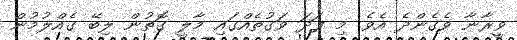
ވީރާނާ ވެގެންދެ އެވެ. މި ފަދަ ވަގުތެއްގައި މާލީ ގޮތުން ލިބޭ ގެއްލުމުން